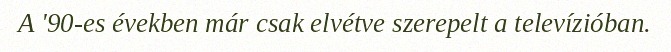
A '90-es években már csak elvétve szerepelt a televízióban.